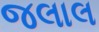
જલાલ